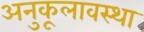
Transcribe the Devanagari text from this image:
अनुकूलावस्था